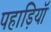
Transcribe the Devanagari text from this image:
पहाड़ियॉ